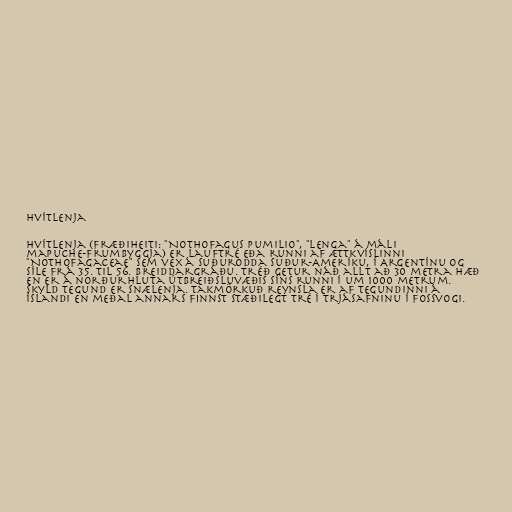
Hvítlenja

Hvítlenja (Fræðiheiti: "Nothofagus pumilio", "lenga" á máli
mapuche-frumbyggja) er lauftré eða runni af ættkvíslinni
"Nothofagaceae" sem vex á suðurodda Suður-Ameríku, í Argentínu og
Síle frá 35. til 56. breiddargráðu. Tréð getur náð allt að 30 metra hæð
en er á norðurhluta útbreiðsluvæðis síns runni í um 1000 metrum.
Skyld tegund er snælenja. Takmörkuð reynsla er af tegundinni á
Íslandi en meðal annars finnst stæðilegt tré í trjásafninu í Fossvogi.